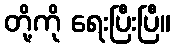
တို့ကို ရေးပြီးပြီ။